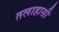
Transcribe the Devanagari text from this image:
तलाहासी